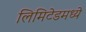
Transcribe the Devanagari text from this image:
लिमिटेडमध्ये